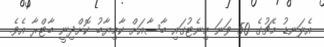
އެލަނޑު މެޗުގެ 50 ވަނަ މިނެޓުގައި ބާސާއަށް ކާމިޔާބު ކޮށްދިނީ ބާޓްރާ އެވެ.